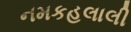
નમકહલાલી